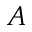
A